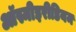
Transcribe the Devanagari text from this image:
ऑस्मीइरीडियम